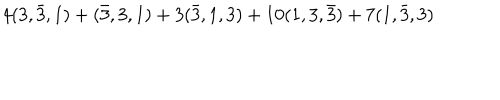
4 ( 3 , \bar { 3 } , 1 ) + ( \bar { 3 } , 3 , 1 ) + 3 ( \bar { 3 } , 1 , 3 ) + 1 0 ( 1 , 3 , \bar { 3 } ) + 7 ( 1 , \bar { 3 } , 3 )